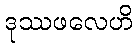
ဒုဿဖလေဟိ